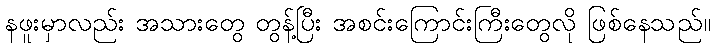
နဖူးမှာလည်း အသားတွေ တွန့်ပြီး အစင်းကြောင်းကြီးတွေလို ဖြစ်နေသည်။